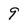
Character: 9